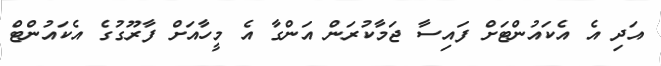
އަދި އެ އެކައުންޓަށް ފައިސާ ޖަމާކުރަން އަންގާ އެ މީހާއަށް ފާރޫގުގެ އެކައުންޓް